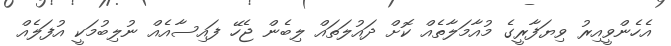
އެހެންވީއިރު ވިޔަފާރީގެ މުއާމަލާތެއް ކޮށް ދައުލަތައް ލިބެން ޖެހޭ ފައިސާއެއް ނުލިބުމަކީ އުފަލެއް